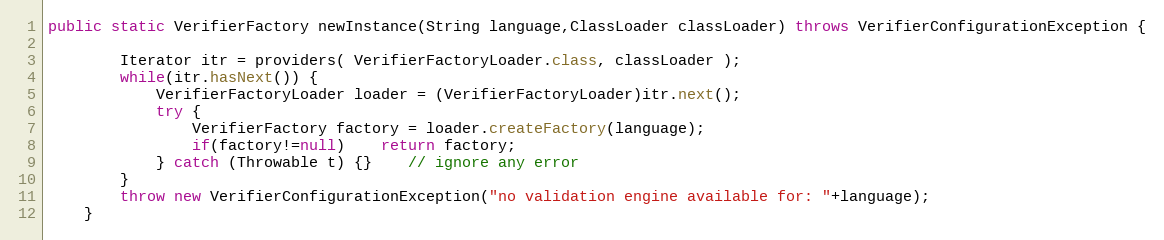
Language: Java
public static VerifierFactory newInstance(String language,ClassLoader classLoader) throws VerifierConfigurationException {

		Iterator itr = providers( VerifierFactoryLoader.class, classLoader );
		while(itr.hasNext()) {
			VerifierFactoryLoader loader = (VerifierFactoryLoader)itr.next();
			try {
				VerifierFactory factory = loader.createFactory(language);
				if(factory!=null)	return factory;
			} catch (Throwable t) {}	// ignore any error
		}
		throw new VerifierConfigurationException("no validation engine available for: "+language);
	}